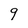
Character: 9